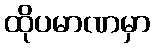
ထိုပမာဏမှာ